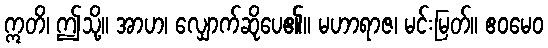
ဣတိ၊ ဤသို့။ အာဟ၊ လျှောက်ဆိုပေ၏။ မဟာရာဇ၊ မင်းမြတ်။ ဧဝမေဝ